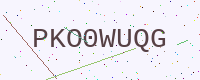
Text: PKO0WUQG